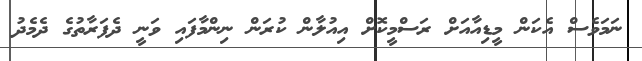
ނަމަވެސް އެކަން މީޑިއާއަށް ރަސްމީކޮށް އިއުލާން ކުރަން ނިންމާފައި ވަނީ ދެފަރާތުގެ ދެމެދު